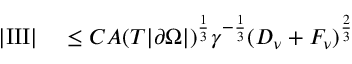
\begin{array} { r l } { | \mathrm { I I I } | } & { { } \le C A ( T | \partial \Omega | ) ^ { \frac 1 3 } \gamma ^ { - \frac 1 3 } ( D _ { \nu } + F _ { \nu } ) ^ { \frac 2 3 } } \end{array}